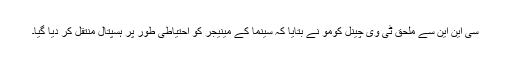
سی این این سے ملحق ٹی وی چینل کومو نے بتایا کہ سینما کے مینیجر کو احتیاطی طور پر ہسپتال منتقل کر دیا گیا۔